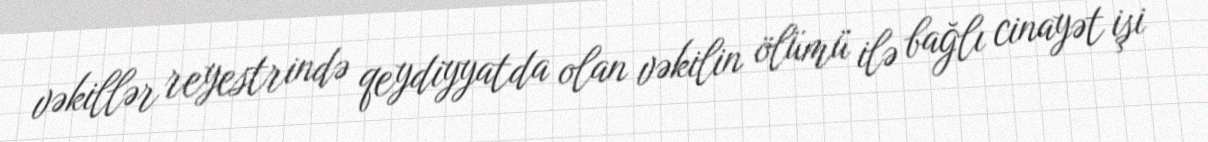
vəkillər reyestrində qeydiyyatda olan vəkilin ölümü ilə bağlı cinayət işi